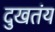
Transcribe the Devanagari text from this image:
दुखतंय